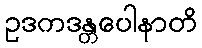
ဥဒကဒန္တပေါနာတိ